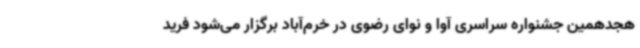
هجدهمین جشنواره سراسری آوا و نوای رضوی در خرم‌آباد برگزار می‌شود فرید